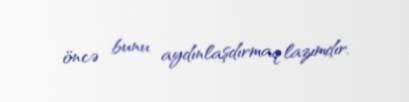
öncə bunu aydınlaşdırmaq lazımdır.